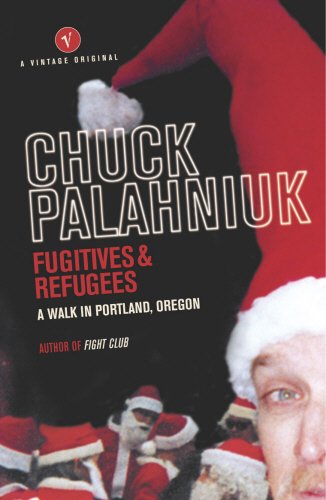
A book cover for Fugitives and Refugees: A Walk in Portland, Oregon; Chuck Palahniuk; Travel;